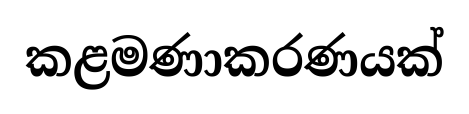
කළමණාකරණයක්